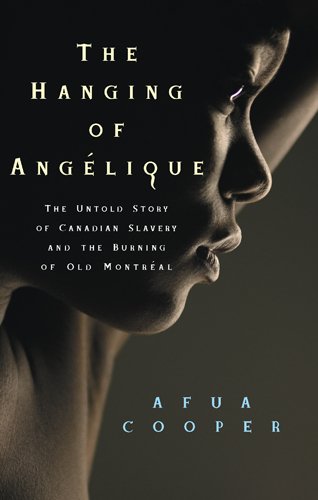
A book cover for The Hanging of Angelique: The Untold Story of Canadian Slavery and the Burning of Old Montreal (Race in the Atlantic World, 1700-1900); Afua Cooper; Biographies & Memoirs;